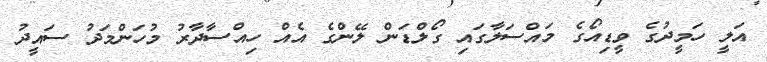
އަލީ ހަމީދުގެ ވީޑިއޯގެ މައްސަލާގައި ގޯލްޑަން ލޭންގެ އެއް ހިއްސާދާރު މުހަންމަދު ސައީދު